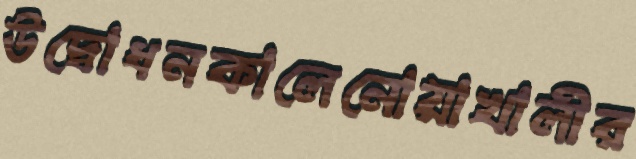
উদ্বোধনকালেনোয়াখালীর